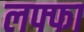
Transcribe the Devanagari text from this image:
लफ्फा